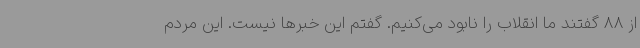
از 88 گفتند ما انقلاب را نابود می‌کنیم. گفتم این خبرها نیست. این مردم